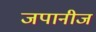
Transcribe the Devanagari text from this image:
जपानीज